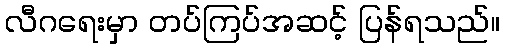
လီဂရေးမှာ တပ်ကြပ်အဆင့် ပြန်ရသည်။